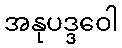
အနုပဒ္ဒဝေါ